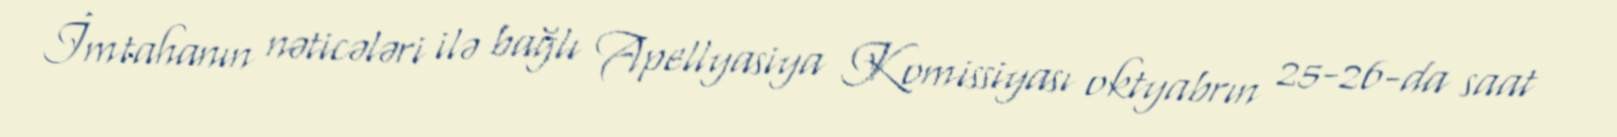
İmtahanın nəticələri ilə bağlı Apellyasiya Komissiyası oktyabrın 25-26-da saat